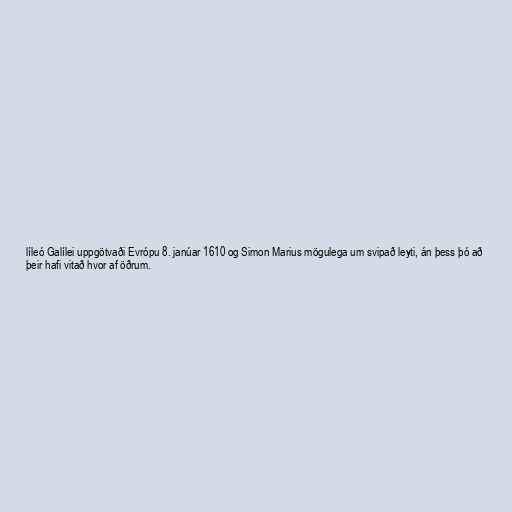
líleó Galílei uppgötvaði Evrópu 8. janúar 1610 og Simon Marius mögulega um svipað leyti, án þess þó að
þeir hafi vitað hvor af öðrum.